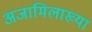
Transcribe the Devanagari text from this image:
अजामिलाख्या